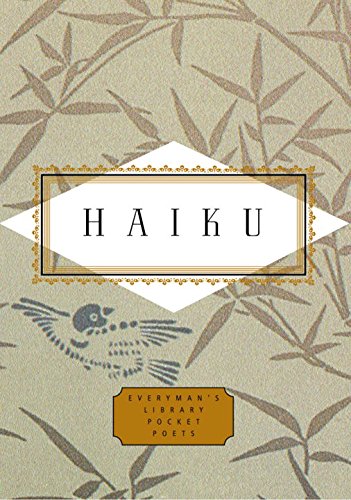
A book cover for Haiku (Everyman's Library Pocket Poets); Literature & Fiction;